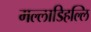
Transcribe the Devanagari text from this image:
मल्‍लाडिहल्‍लि